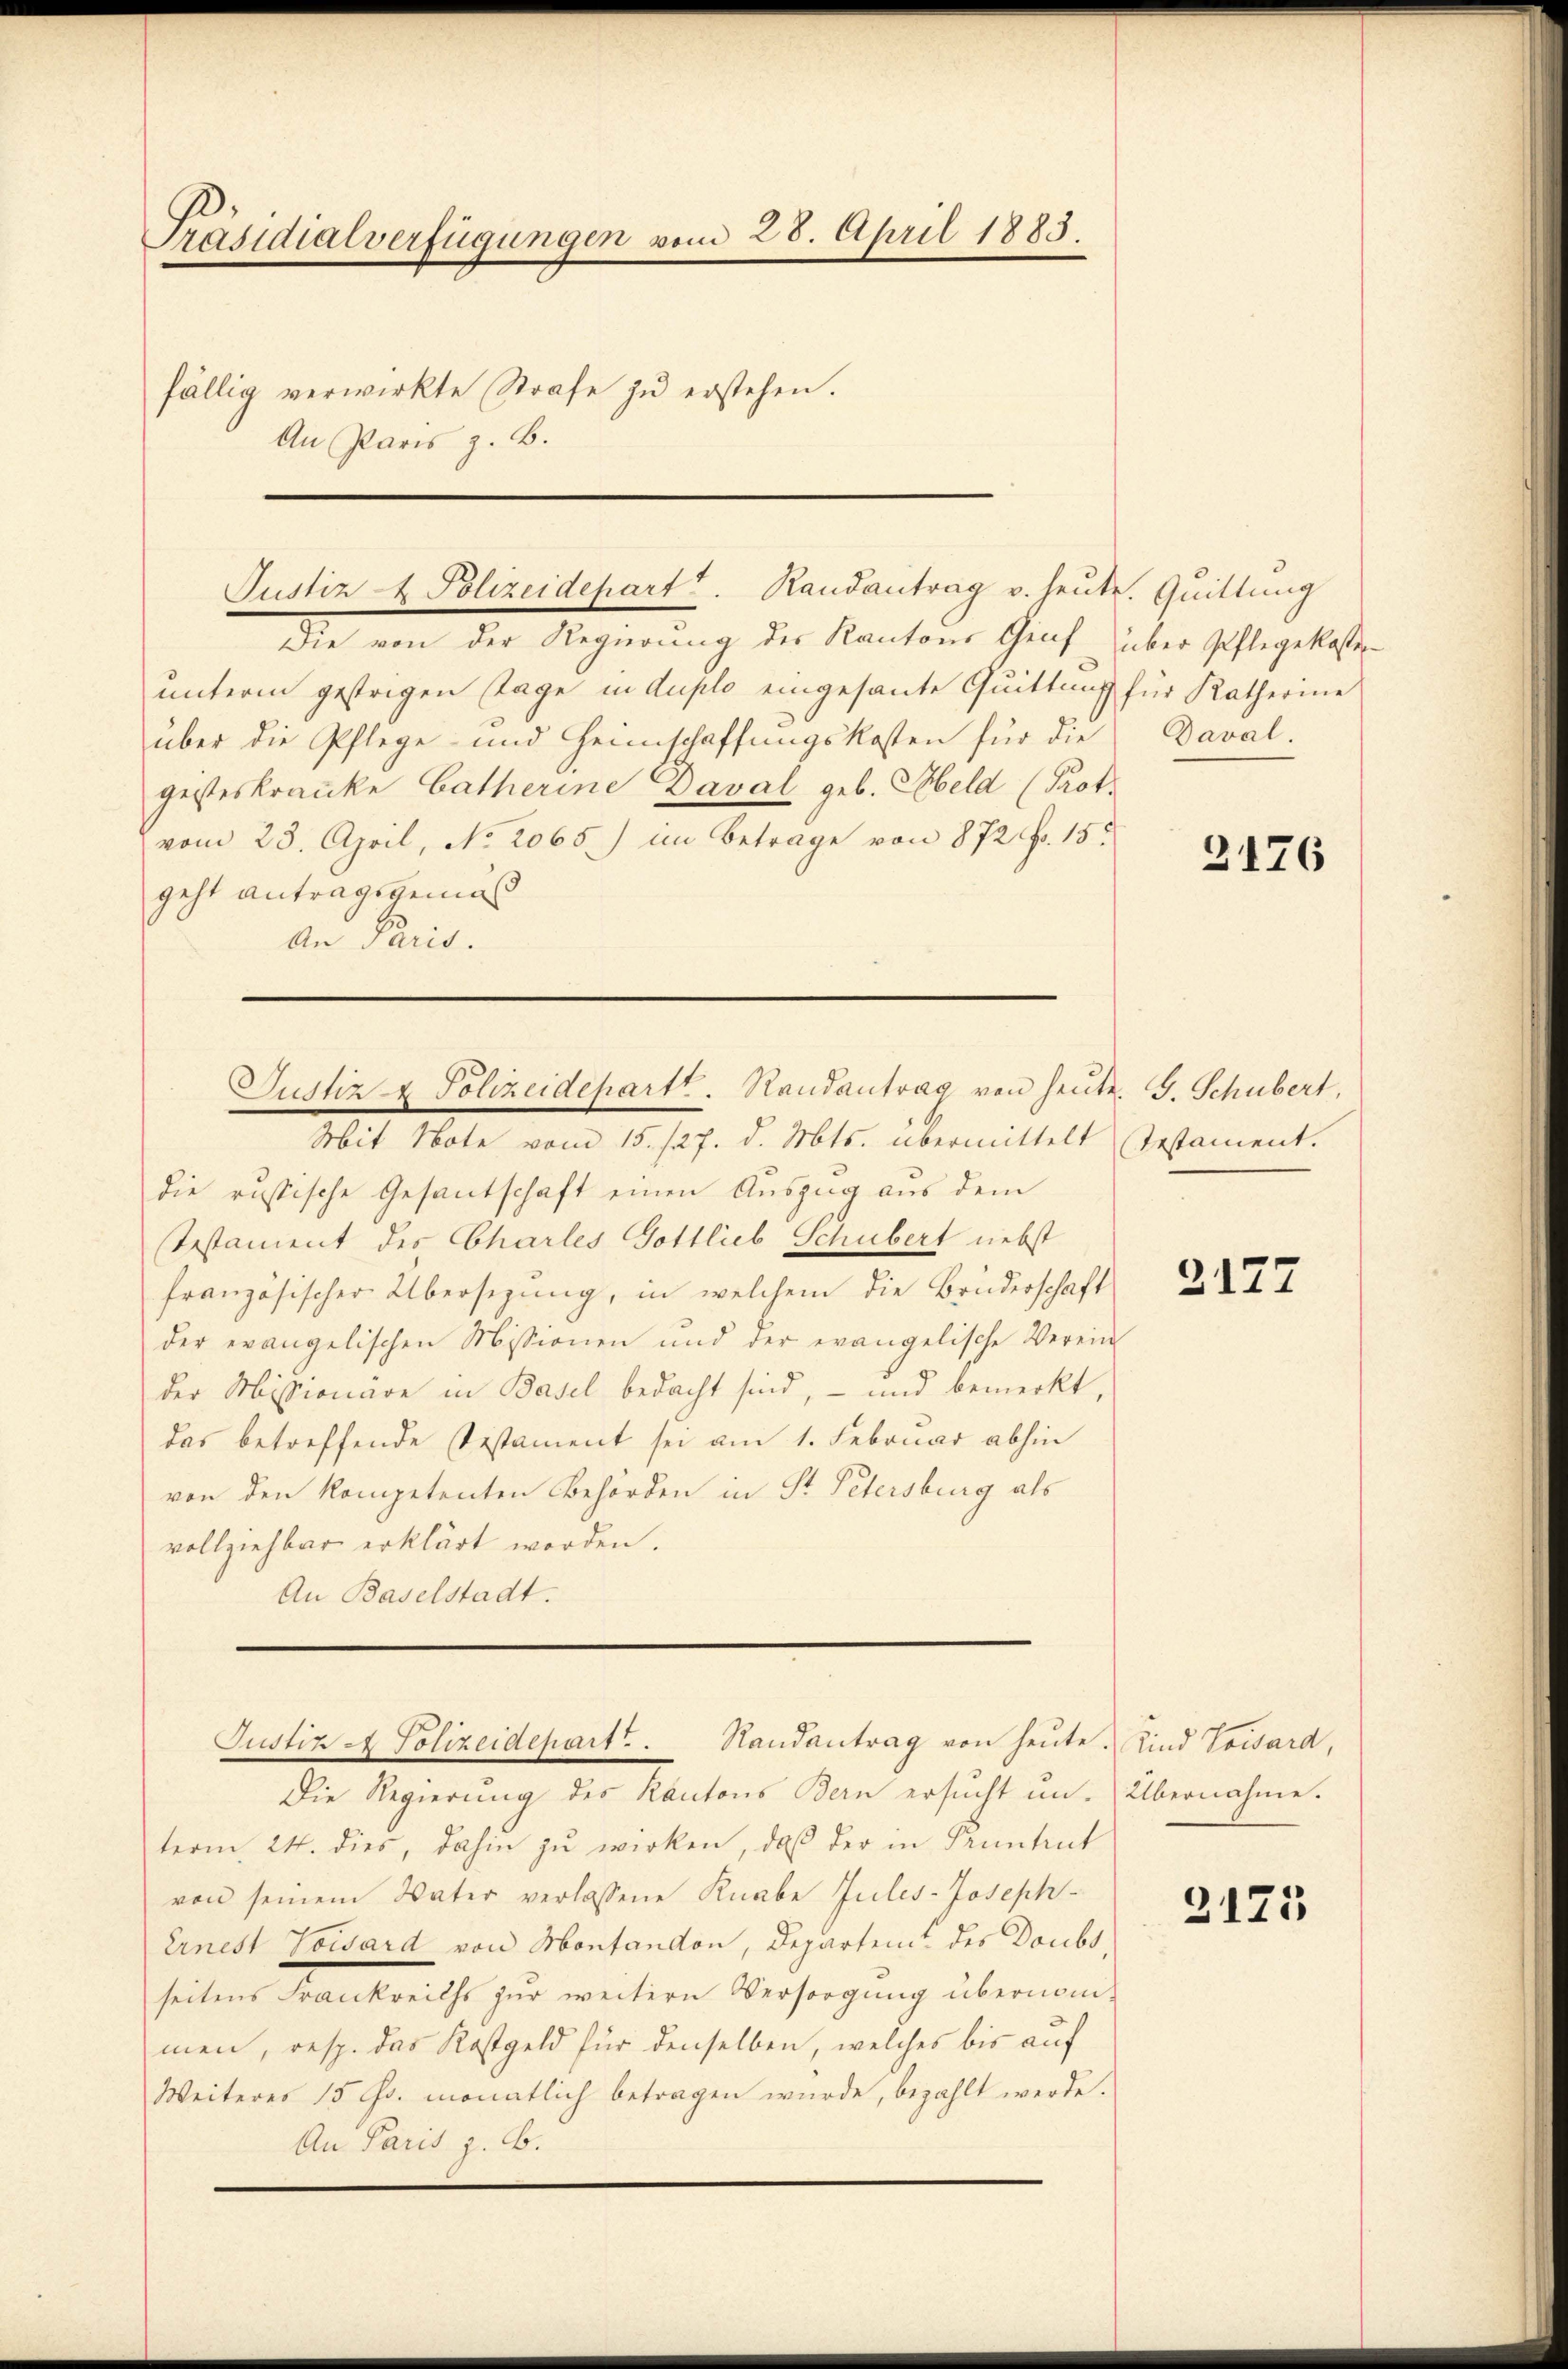
Präsidialverfügungen vom 28. April 1883.
fällig verwirkte Strafe zu erstehen.
An Paris z. B.

Die von der Regierung des Kantons Graf
unterm gestrigen Tage in duplo eingesante Quittung
über die Pflege- und Heimschaffungskosten für die
gesteskranke Catherine Daval geb. Meld (Prot.
vom 23. April, No. 2065.) im Betrage von 872 f. 15.
geht antragsgemäß
An Paris.

Justiz- & Polizeidepart u. Randantrag u. heute

Mit Note vom 15. 127. d. Mts. übermittelt stestament.
die russische Gesantschaft einen Auszug aus dem
Testament des Charles Gottlieb Schubert nebst
französischer Übersezung, in welchem die Brüderschaft
der evangelischen Missionen und der evangelische Verein
der Missionare in Basel bedacht sind, – und bemerkt,
das betreffende Testament sei am 1. Februar abhin
von den kompetenten Behörden in Sr. Petersburg als
vollziehbar erklärt worden.
An Baselstadt.
Justiz & Polizeidepart. Randantrag von heŭte. Kind Voward,
Die Regierung des Kantons Bern ersucht un-Übernahme.
term 24. dies, dahin zu wirken, daß der in Pruntrut
von seinem Vater verlassene Knabe Jules-Joseph-
Ernest Towsard von Montandon, Departent des Doubs
seitens Frankreichs zur weitern Versorgung übernommen, resp. das Kostgeld für denselben, welches bis auf
Weiteres 15 Fr. monatlich betragen wurde, bezahlt werde.
An Paris z. B.

Justiz & Polizeidepartt. Randantrag von heute. G. Schubert,

Quittung
über Geflegekosten
für Katherine
Daval

2176

2127

2175